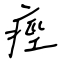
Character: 痙